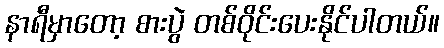
နာရီမှာတော့ စားပွဲ တစ်ဝိုင်းပေးနိုင်ပါတယ်။